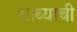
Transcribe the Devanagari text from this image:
धाब्याची